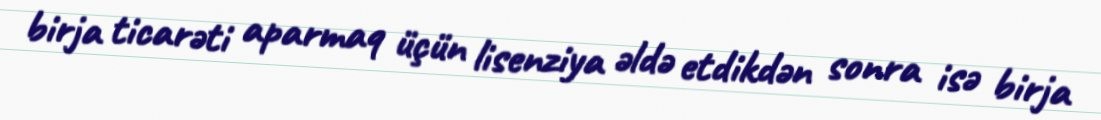
birja ticarəti aparmaq üçün lisenziya əldə etdikdən sonra isə birja